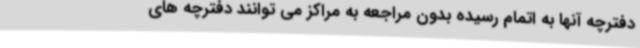
دفترچه آنها به اتمام رسیده بدون مراجعه به مراکز می توانند دفترچه های